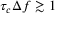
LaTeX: \tau _ { c } \Delta f \gtrsim 1